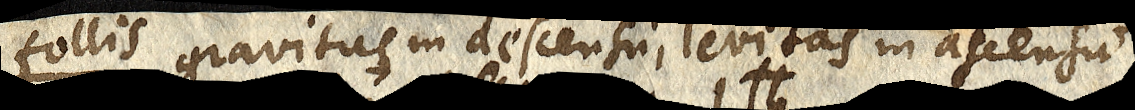
follis gravitas in descensu, levitas in ascensu